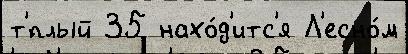
т'́плый 35 нахо́д'итс'я Л'есно́м